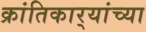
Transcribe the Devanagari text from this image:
क्रांतिकार्‍यांच्या